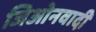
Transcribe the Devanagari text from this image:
जिओनवादी